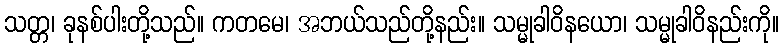
သတ္တ၊ ခုနစ်ပါးတို့သည်။ ကတမေ၊ အဘယ်သည်တို့နည်း။ သမ္မုခါဝိနယော၊ သမ္မုခါဝိနည်းကို။